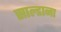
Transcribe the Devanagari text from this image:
साल्डाना